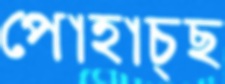
পোহাচ্ছ